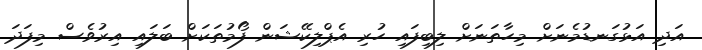
އަދި އަޅުގަނޑުމެނަށް މިހާތަނަށް ލިބިފައި ހުރި އެޕްލިކޭޝަން ފޯމުތަކަށް ބަލައި އިރުވެސް މިފަދަ